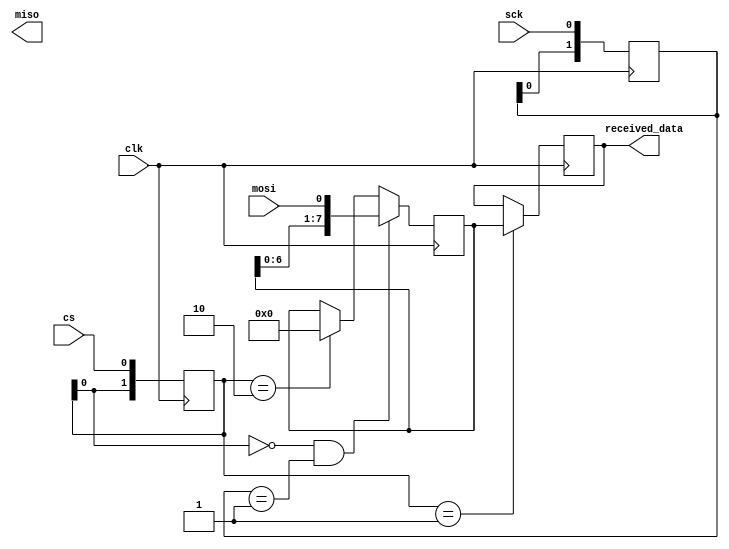
// TODO: may want to increase the DATA_BITS per SPI packet in order to
// increase data transfer rate
module SPISlave #(parameter DATA_BITS = 8)(
    input clk,
    input sck,  // Data is transferred on rising edge
    input cs,  // Active low
    input mosi,
    output miso,
    output reg [(DATA_BITS - 1):0] received_data
);
    reg [1:0] sck_reg = 0;
    reg [1:0] cs_reg = 2'b11;
    
    // SPI
    reg [(DATA_BITS - 1):0] miso_ii = 0;
    reg [(DATA_BITS - 1):0] data = 0;
    reg [(DATA_BITS - 1):0] _received_data = 0;
    wire cs_active = (!cs_reg[0]);
    wire cs_becoming_active = (cs_reg[1:0] == 2'b10);
    wire cs_becoming_inactive = (cs_reg[1:0] == 2'b01);
    wire sck_rising_edge = (sck_reg[1:0] == 2'b01);
    
    always @(posedge clk) begin
        sck_reg <= {sck_reg[0], sck};
        cs_reg <= {cs_reg[0], cs};
        // The if statements below will all be delayed one clock cycle
        if (cs_becoming_active) begin
            data <= 0;
            miso_ii <= 0;
        end
        if (cs_becoming_inactive) begin
            received_data <= data;
            miso_ii <= 0;
        end
        if (cs_active && sck_rising_edge) begin
            data <= {data[(DATA_BITS - 2):0], mosi};
        end
    end
endmodule